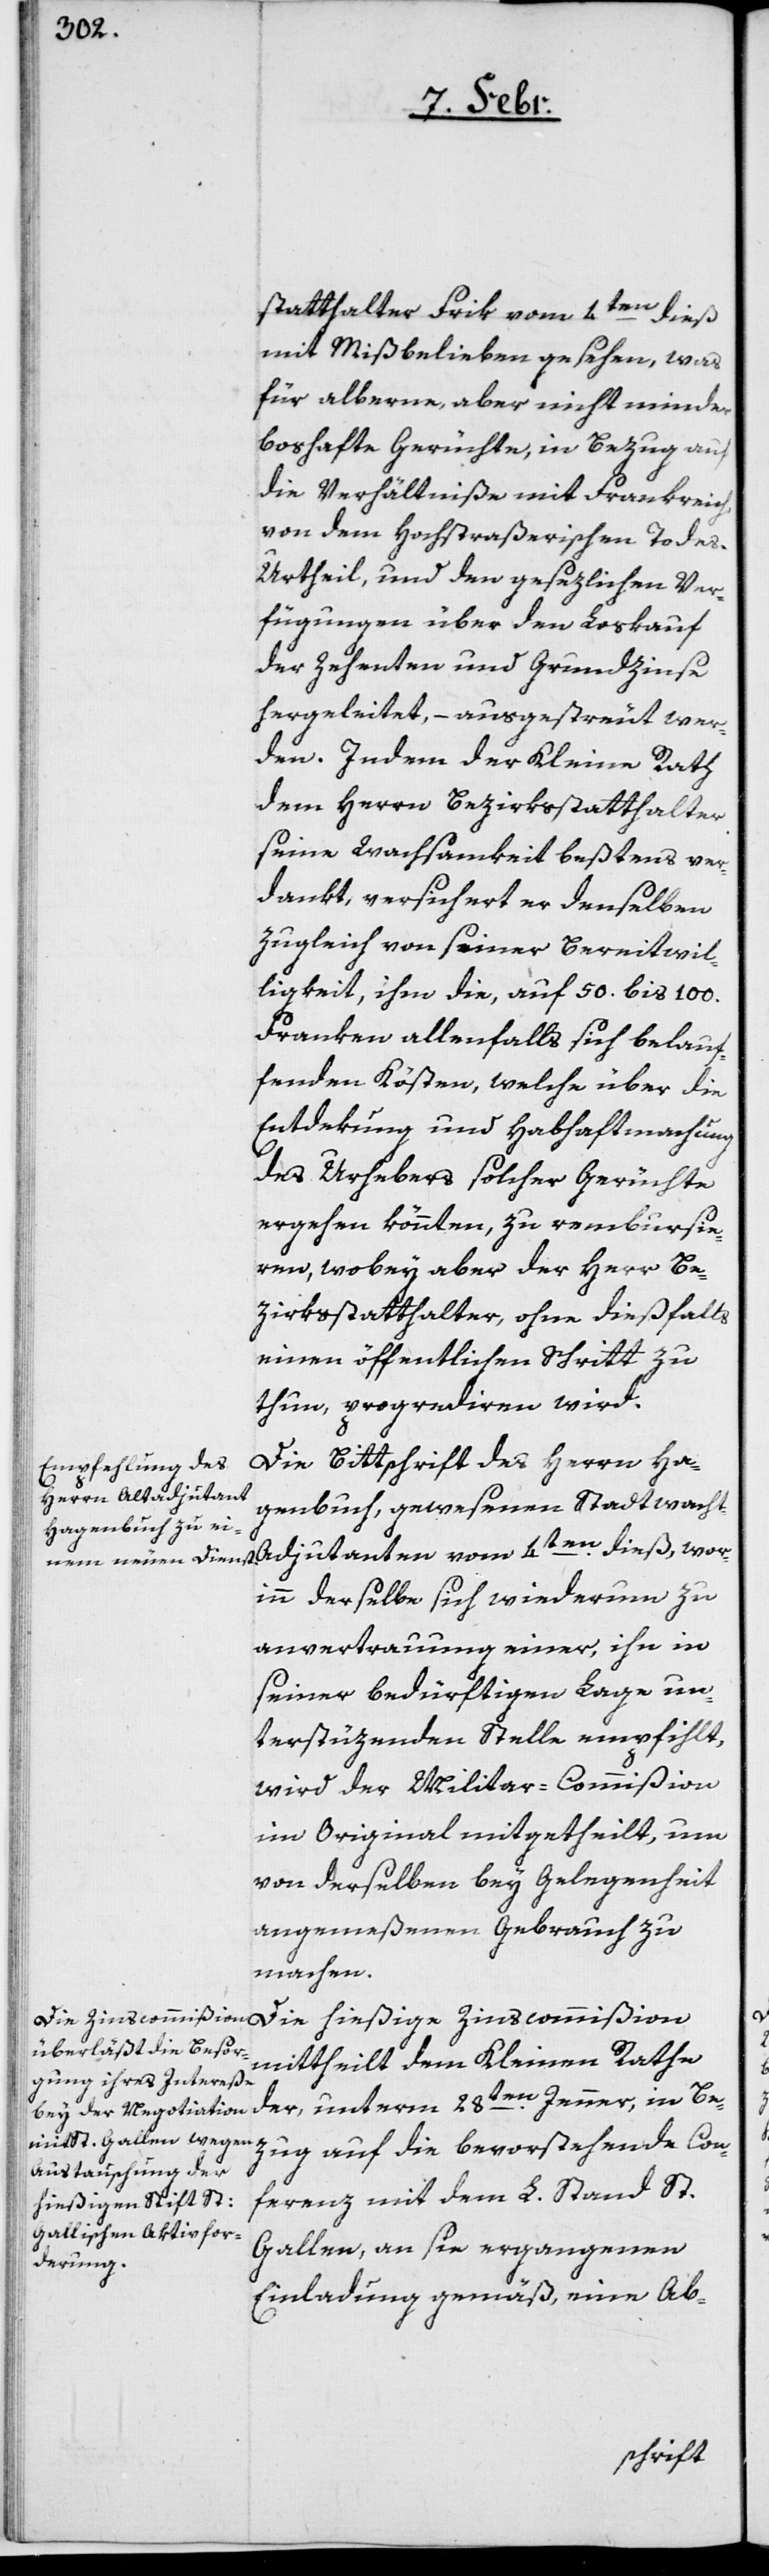
djudanten

statthalter Frik vom 4ten dieß
mit Mißbelieben gesehen, was
für alberne, aber nicht minder
boshafte Gerüchte, in Bezug auf
die Verhältniße mit Frankreich,
von dem Hochstraßerischen Tode¬
s-Urtheil, und den gesezlichen Ver¬
fügungen über den Loskauf
der Zehenten und Grundzinse
hergeleitet, – ausgestreut wer¬
den. Indem der Kleine Rath
dem Herrn Bezirksstatthalter
seine Wachsamkeit beßtens ver¬
dankt, versichert er denselben
zugleich von seiner Bereitwil¬
ligkeit, ihm die, auf 50. bis 100.
Franken allenfalls sich belauf¬
fenden Kösten, welche über die
Entdekung und Habhaftmachung
des Urhebers solcher Gerüchte
ergehen könnten, zu rembursie¬
ren, wobey aber der Herr Be¬
zirksstatthalter, ohne dießfalls
einen öffentlichen Schritt zu
thun, progrediren wird.
Die Bittschrift des Herrn Ha¬
genbuch, gewesenen Stadtwacht-A¬
worinn derselbe sich wiederum zu
anvertrauung einer, ihn in
seiner bedürftigen Lage un¬
terstüzenden Stelle empfiehlt,
wird der Militar-Commißion
im Original mitgetheilt, um
von derselben bey Gelegenheit
angemeßenen Gebrauch zu
machen.
Die hießige Zinscommißion
mittheilt dem Kleinen Rathe
der, unterm 28ten. Jenner, in Be¬
zug auf die bevorstehende Con¬
ferenz mit dem L. Stand St.
Gallen, an sie ergangenen
Einladung gemäß, eine Ab-